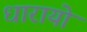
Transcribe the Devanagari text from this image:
धारायो